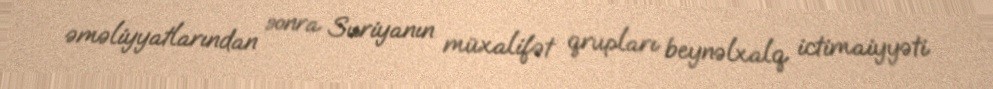
əməliyyatlarından sonra Suriyanın müxalifət qrupları beynəlxalq ictimaiyyəti